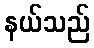
နယ်သည်